Indian journal of veterinary science and animal husbandry - Volume 13,
Year: 1943
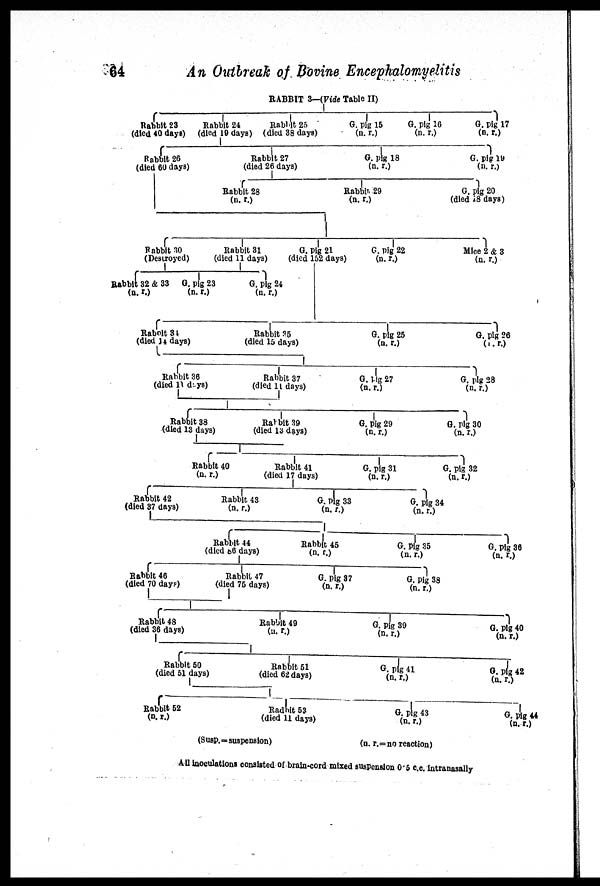
64
An Outbreak of Bovine Encephalomyelitis
RABBIT 3—(Vide Table II)
(Susp.=suspension)
(n. r.=no reaction)
All inoculations consisted of brain-cord mixed suspension 0.5 c.c. intranasally